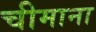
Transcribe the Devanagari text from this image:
चीमाना